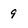
Character: 9